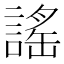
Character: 謠